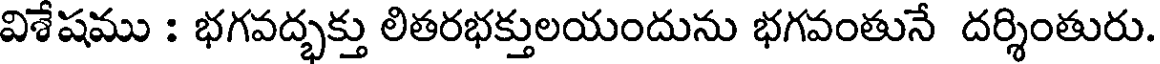
విశేషము : భగవద్భక్తు లితరభక్తులయందును భగవంతునే దర్శింతురు.